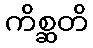
ကိစ္ဆတိ